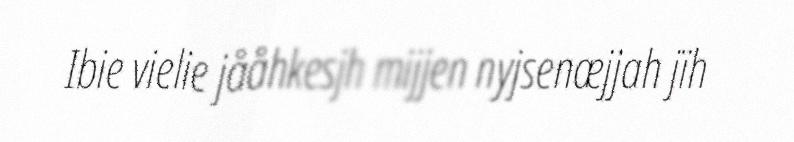
Ibie vielie jååhkesjh mijjen nyjsenæjjah jïh